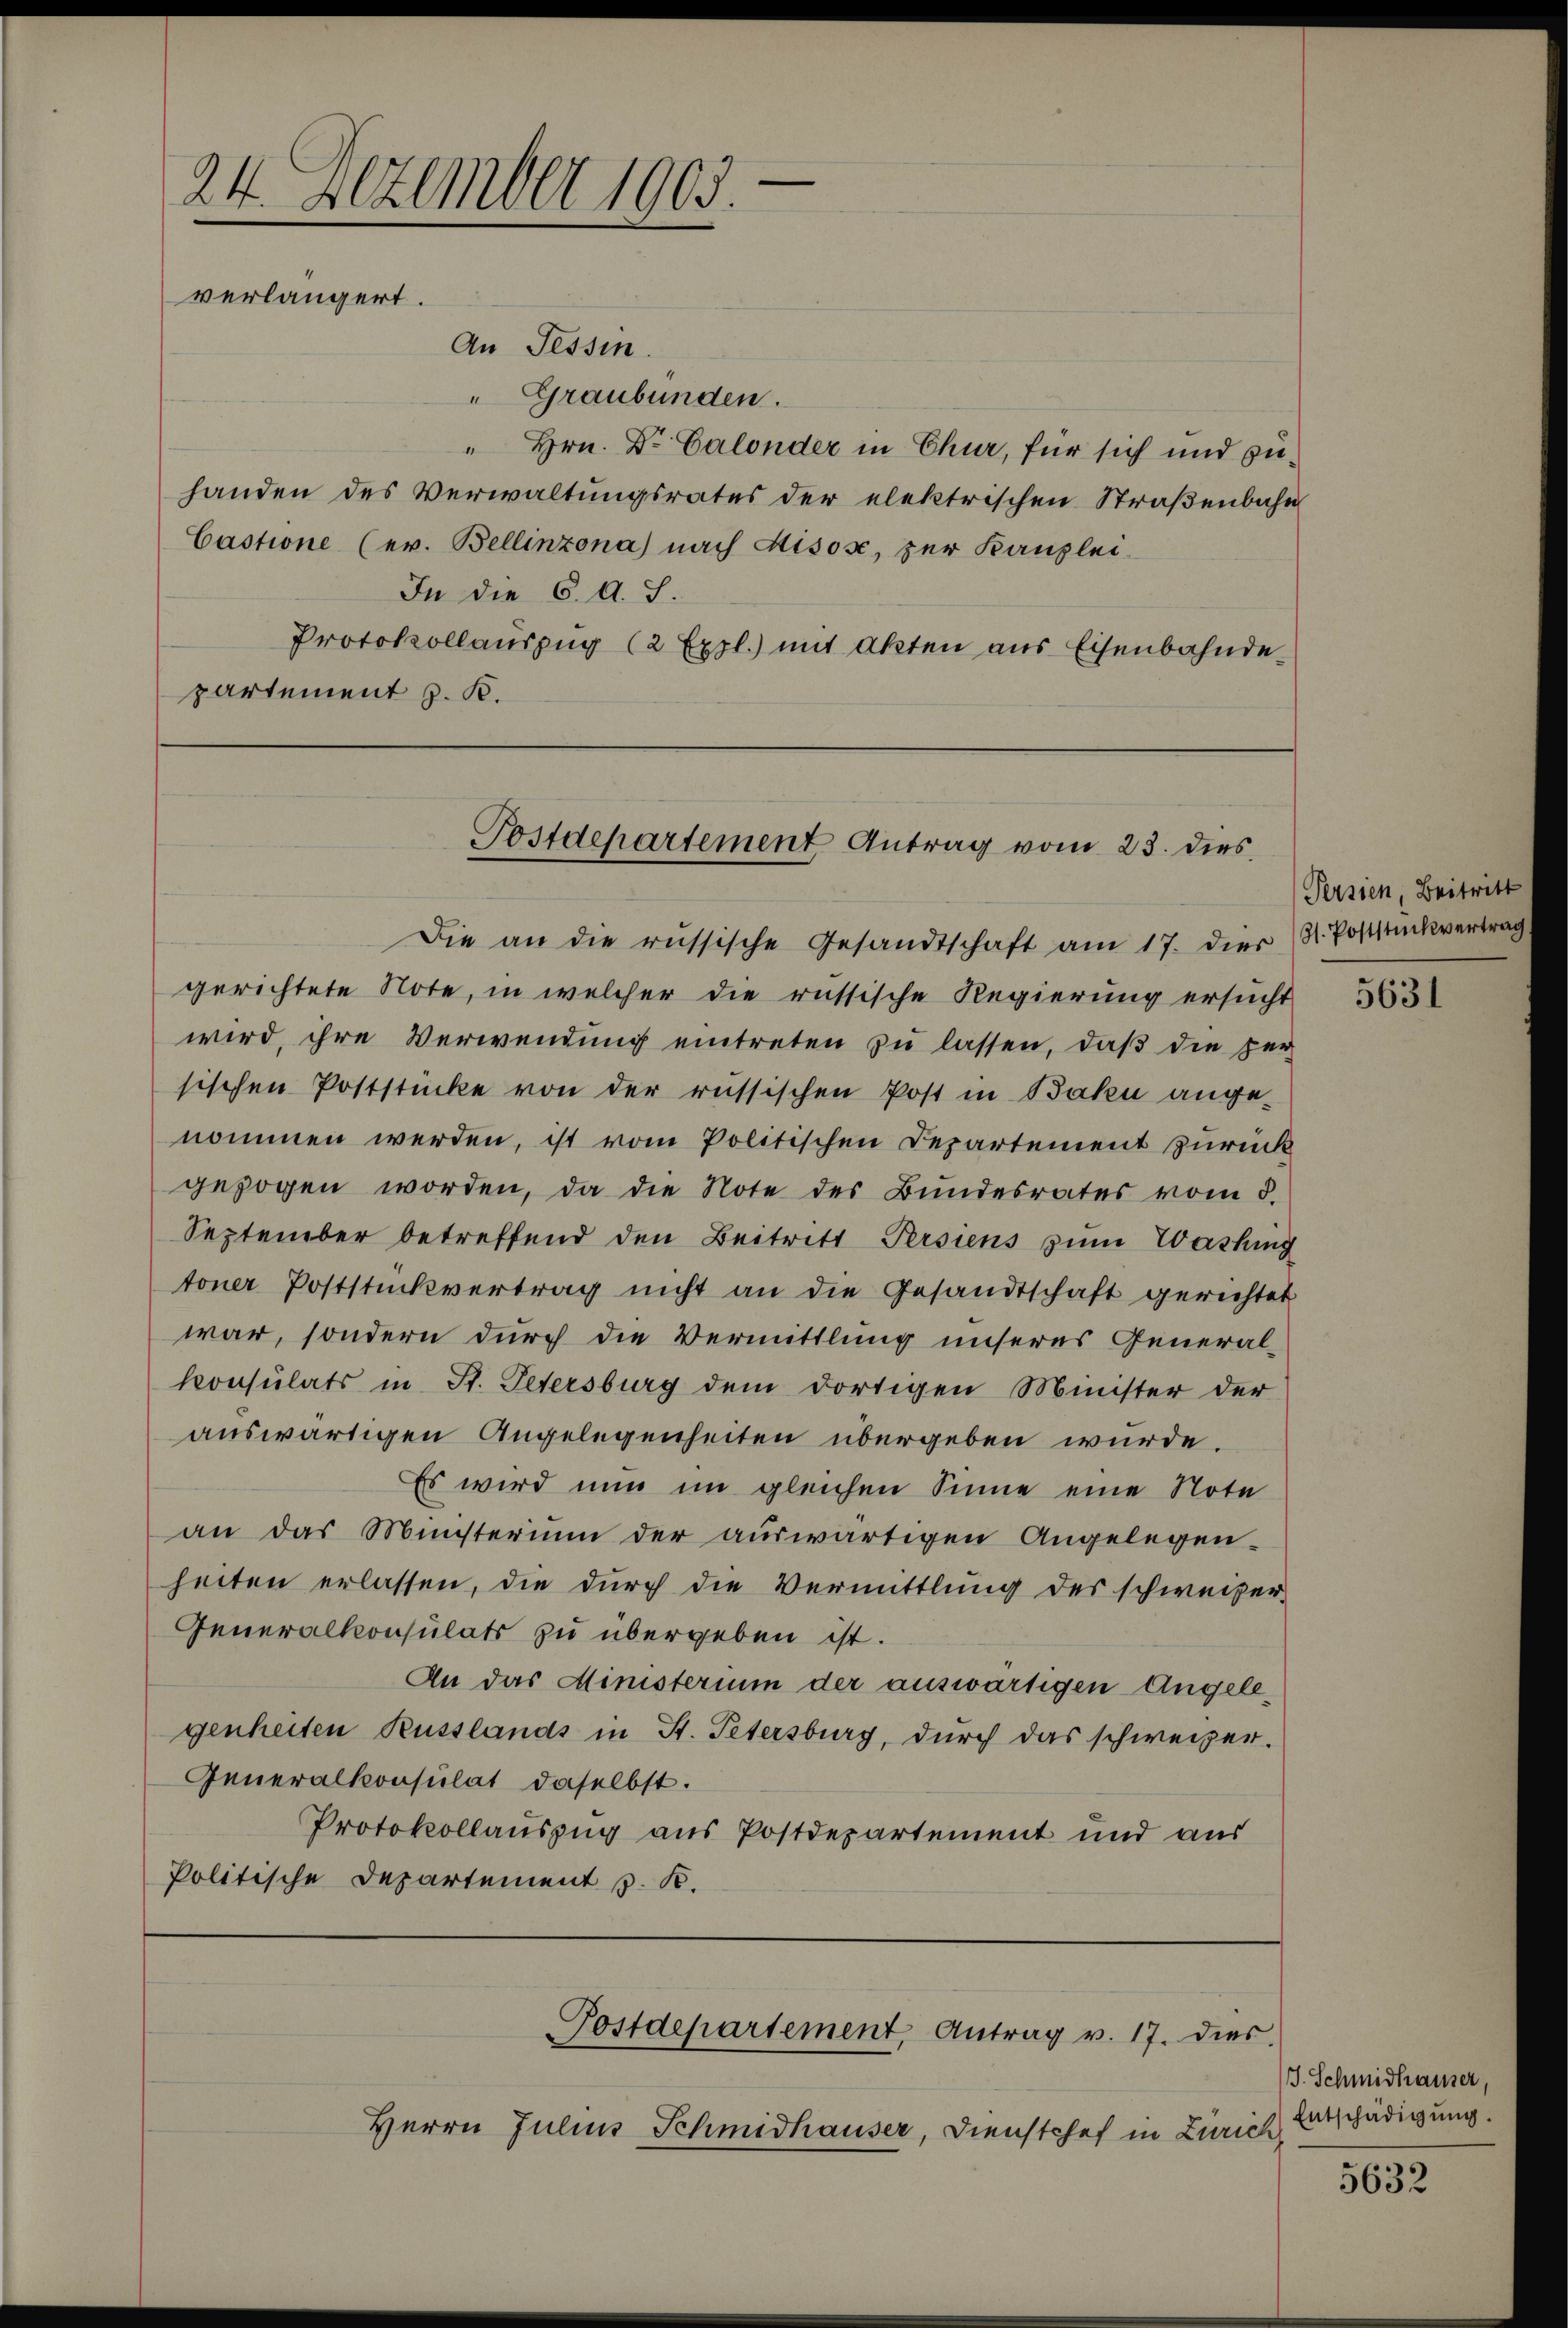
e
24. Dezember 1903.
verlängert.
An Tessin.
" Graubünden.
handen des Verwaltungsrates der elektrischen Straßenbahn
Castione (ev. Bellinzona nach Kisose, zur Kanzlei-
In die 6. A. S.

" Hrn. Dr. Calonder in Chur, für sich und zu¬
Protokollauszug (2 Expl.) mit Akten aus Eisenbahnde
partement z. B.

Postdepartement Antrag vom 23. dies

Die an die russische Gesandtschaft am 17. dies (3. Poststückvertrag
gerichtete Note, in welcher die russische Regierung ersucht
wird, ihre Verwendung eintreten zu lassen, daß die Her
sischen Poststücke von der russischen Post in Bahn angenommen werden, ist vom Politischen Departement zurück
gezogen worden, da die Note des Bundesrates vom 8.
September betreffend den Beitritt Persiens zum Washing
toner Poststückvertrag nicht an die Gesandtschaft gerichtet
war, sondern durch die Vermittlung unseres General-
konsulats in St. Petersburg dem dortigen Minister der
auswärtigen Angelegenheiten übergeben würde.
Es wird nun im gleichen Sinne eine Note
an das Ministerium der auswärtigen Angelegen-
heiten erlassen, die durch die Vermittlung des schweizer-
Generalkonsulats zu übergeben ist.
An das Ministerium der auswärtigen Angelegenheiten Russlands in St. Petersburg, durch das schweizer-
Generalkonsulat daselbst.
Protokollauszug aus Postdepartement und aus
Politische Departement J. K.

Postdepartement, Antrag v. 17. dies

Herrn Julius Schmidhauser, Dienstchef in Züri

Persien, Beitritt

5631

J. Schmidhäuser
Entschädigung.
ih

5632